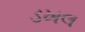
ડખલ